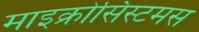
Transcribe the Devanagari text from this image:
माइक्रोसिस्टमस